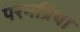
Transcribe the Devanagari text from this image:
परमप्रिया